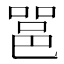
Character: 𮟹